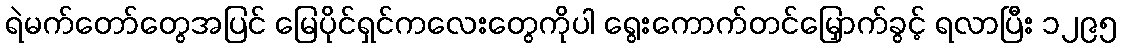
ရဲမက်တော်တွေအပြင် မြေပိုင်ရှင်ကလေးတွေကိုပါ ရွေးကောက်တင်မြှောက်ခွင့် ရလာပြီး ၁၂၉၅